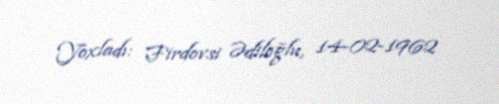
Yoxladı: Firdovsi Ədiloğlu, 14-02-1962